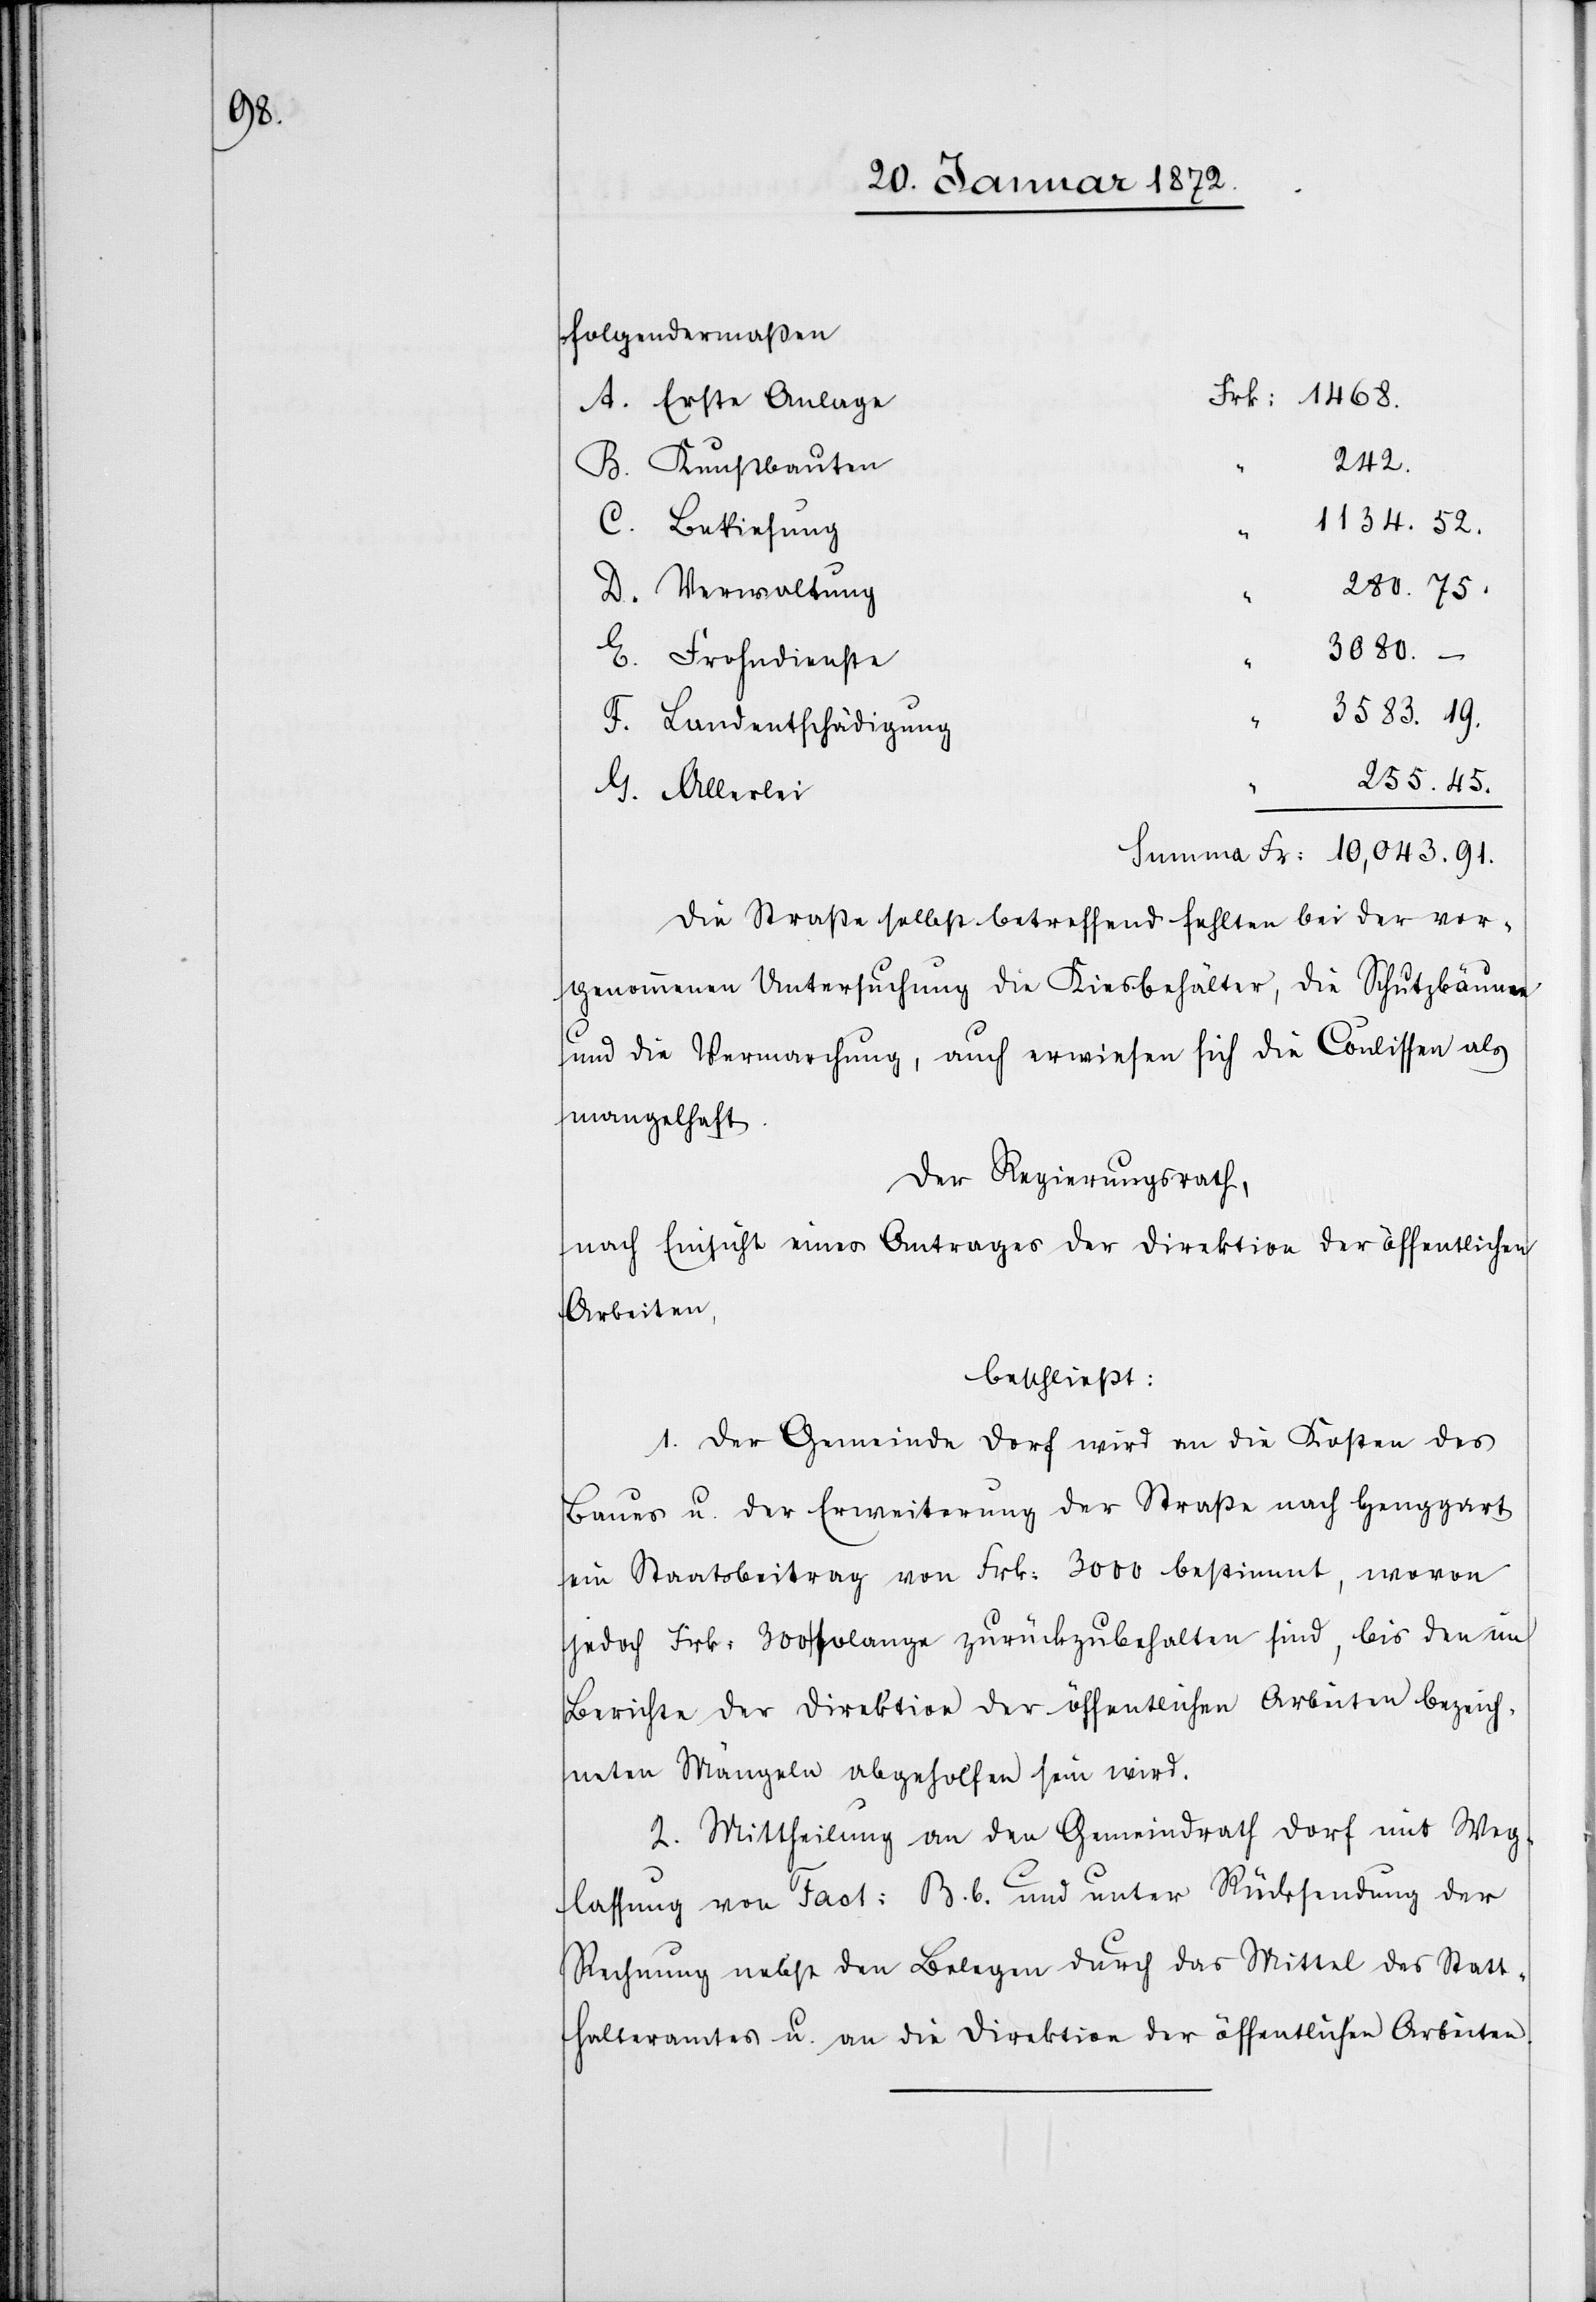
folgendermaßen
A. Erste Anlage
242.
B. Kunstbauten
1134.52.
C. Bekiesung
280.75.
D. Verwaltung
3080. –
E. Frohndienste
3583.19.
F. Landentschädigung
255.45.
G. Allerlei
Die Straße selbst betreffend fehlten bei der vor¬
genommenen Untersuchung die Kiesbehälter, die Schutzbäume
und die Vermarchung, auch erwiesen sich die Coulissen als
mangelhaft.
Der Regierungsrath,
nach Einsicht eines Antrages der Direktion der öffentlichen
Arbeiten,
beschließt:
1. Der Gemeinde Dorf wird an die Kosten des
Baues u. der Erweiterung der Straße nach Henggart
ein Staatsbeitrag von Frk: 3000 bestimmt, wovon
jedoch Frk. 300 solange zurückzubehalten sind, bis den im
Berichte der Direktion der öffentlichen Arbeiten bezeich¬
neten Mängeln abgeholfen sein wird.
2. Mittheilung an den Gemeindrath Dorf mit Weg¬
lassung von Fact. B. b. und unter Rücksendung der
Rechnung nebst den Belegen durch das Mittel des Statt¬
halteramts u. an die Direktion der öffentlichen Arbeiten.